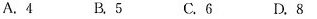
A.4 B.5 C.6 D.8